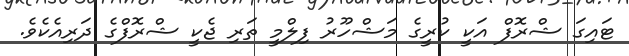
ޓައިގަ ޝްރޮފް އަކީ ކުރީގެ މަޝްހޫރު ފިލްމީ ތަރި ޖެކީ ޝްރޮފްގެ ދަރިއެކެވެ.